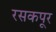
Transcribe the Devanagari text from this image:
रसकपूर